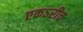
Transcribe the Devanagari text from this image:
एकऽरीच